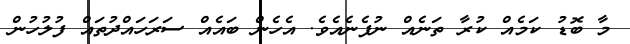
މާ ބޮޑު ކަމެއް ކުރާ ތަނެއް ނުފެނެއެވެ. އެހެން ބައެއް ސަރަހައްދުތައް ފުލުހުން